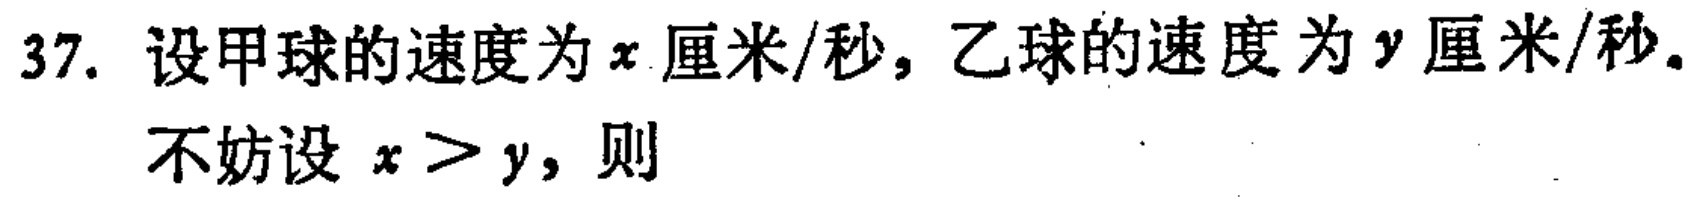
37. 设甲球的速度为\(x\)厘米/秒，乙球的速度为\(y\)厘米/秒。
不妨设 \(x > y\)，则